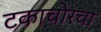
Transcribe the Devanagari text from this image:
टकाचोरचा